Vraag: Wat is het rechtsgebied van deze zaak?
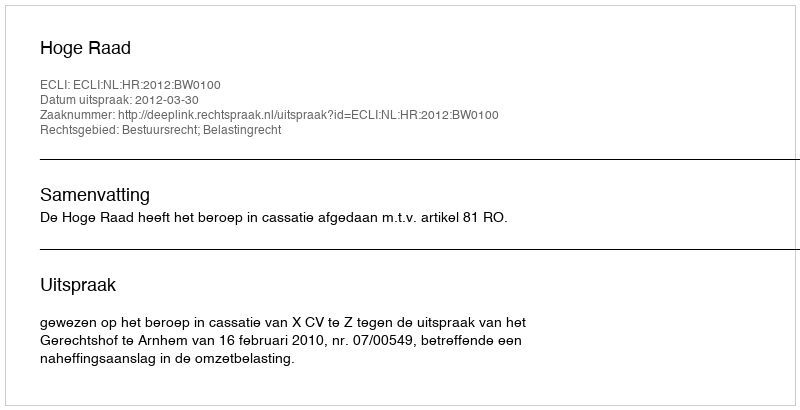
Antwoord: Bestuursrecht; Belastingrecht